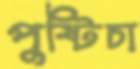
পুষ্টিচা